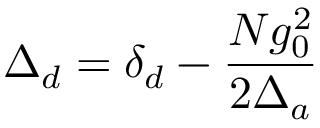
\Delta _ { d } = \delta _ { d } - \frac { N g _ { 0 } ^ { 2 } } { 2 \Delta _ { a } }